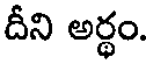
దీని అర్థం.